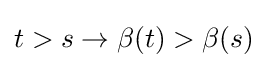
t>s\rightarrow \beta (t)>\beta (s)